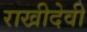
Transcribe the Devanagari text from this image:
राखीदेवी